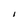
Character: I